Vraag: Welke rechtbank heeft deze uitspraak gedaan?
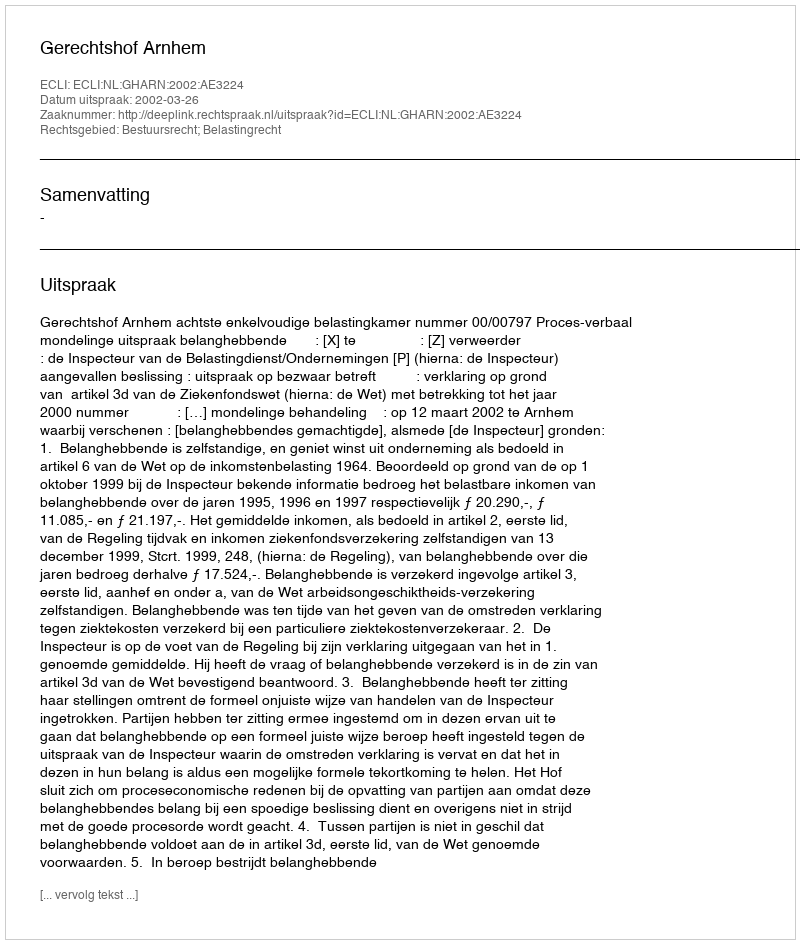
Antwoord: Gerechtshof Arnhem